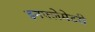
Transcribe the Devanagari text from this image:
इनफ्लेमेटरी